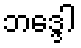
ဘဒ္ဒေါ